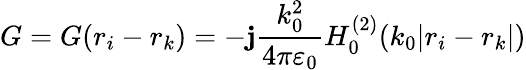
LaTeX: {G}={G}({r}_{i}-{r}_{k})=-\mathbf{j}\frac{{k_{0}^{2}}}{{4\pi\varepsilon_{0}}}H_{0}^{(2)}(k_{0}|{r}_{i}-{r}_{k}|)